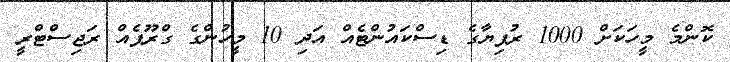
ކޮންމެ މީހަކަށް 1000 ރުފިޔާގެ ޑިސްކައުންޓެއް އަދި 10 މީހުންގެ ގްރޫޕެއް ރަޖިސްޓްރީ